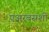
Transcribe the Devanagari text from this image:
एअरबसशी